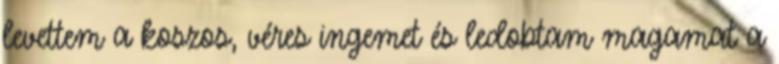
levettem a koszos, véres ingemet és ledobtam magamat a